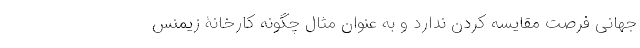
جهانی فرصتِ مقایسه کردن ندارد و به عنوان مثال چگونه کارخانۀ زیمنس